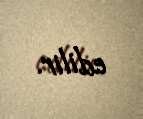
edilir.